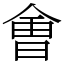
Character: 㑹